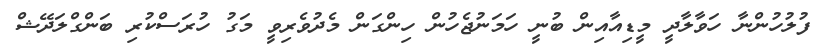
ފުލުހުންނާ ހަވާލާދީ މީޑިއާއިން ބުނީ ހަމަނުޖެހުން ހިންގަން މެދުވެރިވީ މަގު ހުރަސްކުރި ބަންގްލަދޭޝް